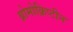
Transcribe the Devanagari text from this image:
ब्रोमोक्रिप्टीन